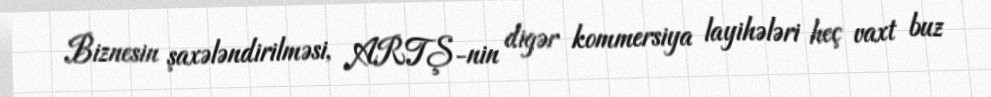
Biznesin şaxələndirilməsi, ARTŞ-nin digər kommersiya layihələri heç vaxt buz